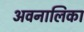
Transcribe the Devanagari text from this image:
अवनालिका